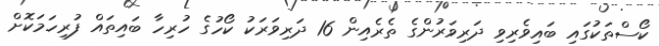
ކޯސްތަކުގައި ބައިވެރިވި ދަރިވަރުންގެ ތެރެއިން 16 ދަރިވަރަކު ކޯހުގެ ހުރިހާ ބައިތައް ފުރިހަމަކޮށް